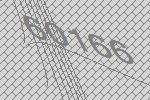
60166